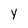
Character: Y